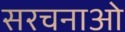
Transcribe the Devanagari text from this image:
सरचनाओ